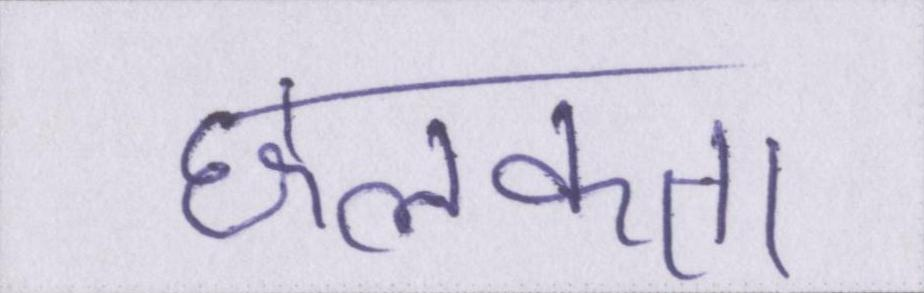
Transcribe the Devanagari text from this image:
छलकता